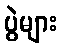
ပွဲများ